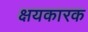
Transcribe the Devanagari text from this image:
क्षयकारक